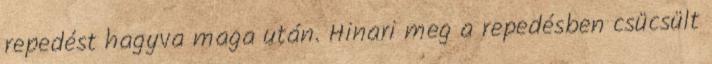
repedést hagyva maga után. Hinari meg a repedésben csücsült